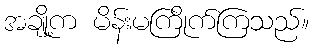
အချို့က မိန်းမကြိုက်ကြသည်။